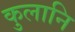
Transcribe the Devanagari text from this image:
कुलानि